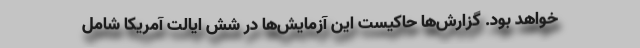
خواهد بود. گزارش‌ها حاکیست این آزمایش‌ها در شش ایالت آمریکا شامل